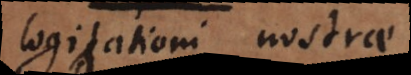
cogitationi nostrae.